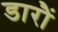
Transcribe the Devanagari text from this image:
डारौं